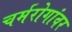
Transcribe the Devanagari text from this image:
चर्मरोगांवर